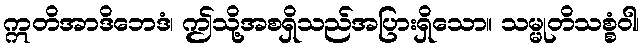
ဣတိအာဒိဘေဒံ၊ ဤသို့အစရှိသည်အပြားရှိသော။ သမ္မုတိသစ္စံဝါ၊